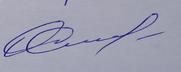
Signature authenticity: genuine